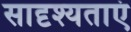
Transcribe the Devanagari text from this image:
सादृश्यताएं